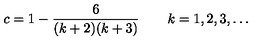
c = 1 - \frac { 6 } { ( k + 2 ) ( k + 3 ) } \qquad k = 1 , 2 , 3 , \ldots